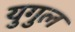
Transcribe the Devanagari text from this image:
युगुल